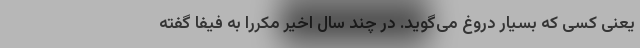
یعنی کسی که بسیار دروغ می‌گوید. در چند سال اخیر مکررا به فیفا گفته‌